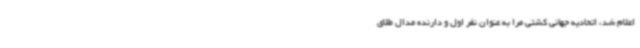
اعلام شد، اتحادیه جهانی کشتی مرا به عنوان نفر اول و دارنده مدال طلای